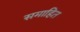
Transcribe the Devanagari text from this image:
समाहित